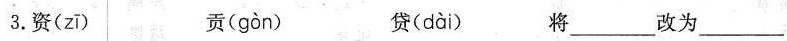
3.资( zi ) 贡( gon ) 贷( dai ) 将___改为___